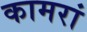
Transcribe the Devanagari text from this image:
कामरां